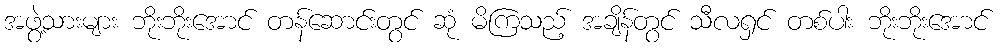
အဖွဲ့သားများ ဘိုးဘိုးအောင် တန်ဆောင်းတွင် ဆုံ မိကြသည့် အချိန်တွင် သီလရှင် တစ်ပါး ဘိုးဘိုးအောင်